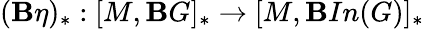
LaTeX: (\mathbf{B}\eta)_{\ast}:[M,\mathbf{B}G]_{\ast}\rightarrow[M,\mathbf{B}In(G)]_{\ast}